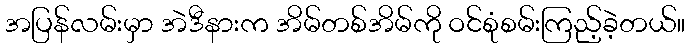
အပြန်လမ်းမှာ အဲဒီနားက အိမ်တစ်အိမ်ကို ဝင်စုံစမ်းကြည့်ခဲ့တယ်။